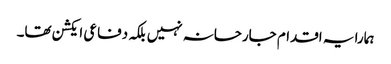
ہمارا یہ اقدام جارحانہ نہیں بلکہ دفاعی ایکشن تھا۔